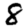
Digit: 8